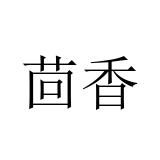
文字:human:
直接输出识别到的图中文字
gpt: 茴香